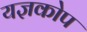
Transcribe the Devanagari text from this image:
यज्ञकोप